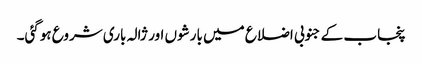
پنجاب کے جنوبی اضلاع میں بارشوں اور ژالہ باری شروع ہوگئی۔